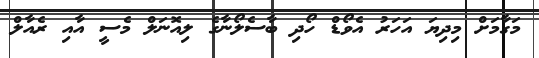
މަގާމަށް މިދިޔަ އަހަރު އެވޯޑް ހޯދި ބާސެލޯނާގެ ލިއޮނަލް މެސީ އާއި ރެއާލް